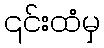
၎င်းထံမှ